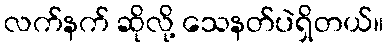
လက်နက် ဆိုလို့ သေနတ်ပဲရှိတယ်။